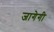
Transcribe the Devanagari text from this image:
जागेगी